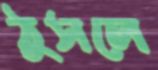
ঠুসলে